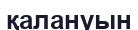
қалануын